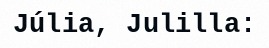
Júlia, Julilla: